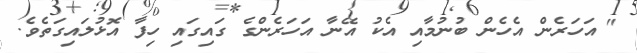
" އަހަރެން އެހެން ބުނުމާއި އެކު އޭނާ އަހަރެންގެ ގައިގައި ހިފާ އޮޅުލައިގަތެވެ.